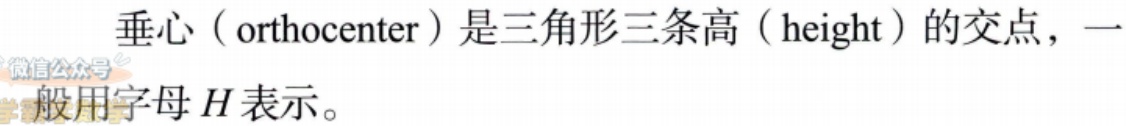
垂心（orthocenter）是三角形三条高（height）的交点，一般用字母\(H\)表示。